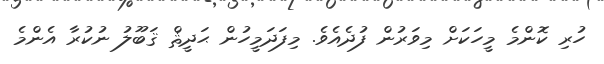
ހުރި ކޮންމެ މީހަކަށް މިވަރުން ފުދެއެވެ. މިފަދަމީހުން ޙަދީޘް ޤަބޫލު ނުކުރާ އެންމެ